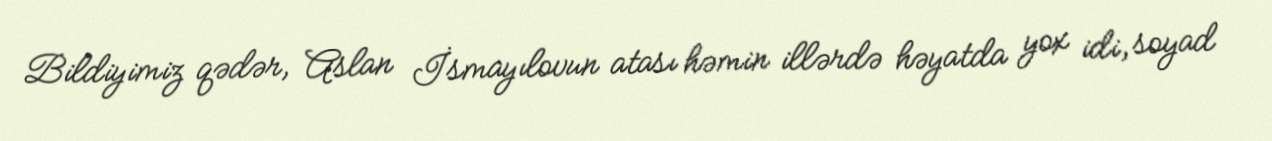
Bildiyimiz qədər, Aslan İsmayılovun atası həmin illərdə həyatda yox idi, soyad